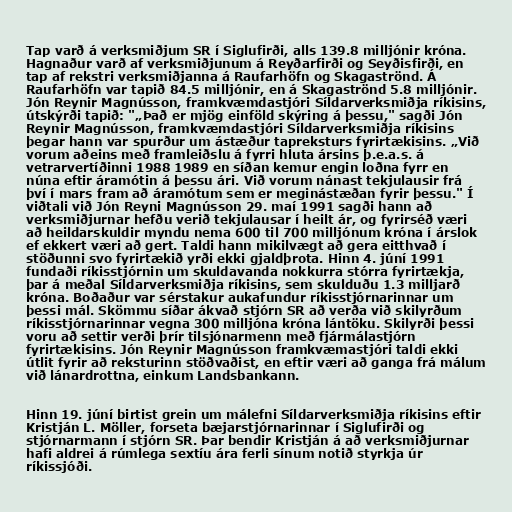
Tap varð á verksmiðjum SR í Siglufirði, alls 139.8 milljónir króna.
Hagnaður varð af verksmiðjunum á Reyðarfirði og Seyðisfirði, en
tap af rekstri verksmiðjanna á Raufarhöfn og Skagaströnd. Á
Raufarhöfn var tapið 84.5 milljónir, en á Skagaströnd 5.8 milljónir.
Jón Reynir Magnússon, framkvæmdastjóri Síldarverksmiðja ríkisins,
útskýrði tapið: "„Það er mjög einföld skýring á þessu," sagði Jón
Reynir Magnússon, framkvæmdastjóri Síldarverksmiðja ríkisins
þegar hann var spurður um ástæður tapreksturs fyrirtækisins. „Við
vorum aðeins með framleiðslu á fyrri hluta ársins þ.e.a.s. á
vetrarvertíðinni 1988 1989 en síðan kemur engin loðna fyrr en
núna eftir áramótin á þessu ári. Við vorum nánast tekjulausir frá
því í mars fram að áramótum sem er meginástæðan fyrir þessu." Í
viðtali við Jón Reyni Magnússon 29. maí 1991 sagði hann að
verksmiðjurnar hefðu verið tekjulausar í heilt ár, og fyrirséð væri
að heildarskuldir myndu nema 600 til 700 milljónum króna í árslok
ef ekkert væri að gert. Taldi hann mikilvægt að gera eitthvað í
stöðunni svo fyrirtækið yrði ekki gjaldþrota. Hinn 4. júní 1991
fundaði ríkisstjórnin um skuldavanda nokkurra stórra fyrirtækja,
þar á meðal Síldarverksmiðja ríkisins, sem skulduðu 1.3 milljarð
króna. Boðaður var sérstakur aukafundur ríkisstjórnarinnar um
þessi mál. Skömmu síðar ákvað stjórn SR að verða við skilyrðum
ríkisstjórnarinnar vegna 300 milljóna króna lántöku. Skilyrði þessi
voru að settir verði þrír tilsjónarmenn með fjármálastjórn
fyrirtækisins. Jón Reynir Magnússon framkvæmastjóri taldi ekki
útlit fyrir að reksturinn stöðvaðist, en eftir væri að ganga frá málum
við lánardrottna, einkum Landsbankann.

Hinn 19. júní birtist grein um málefni Síldarverksmiðja ríkisins eftir
Kristján L. Möller, forseta bæjarstjórnarinnar í Siglufirði og
stjórnarmann í stjórn SR. Þar bendir Kristján á að verksmiðjurnar
hafi aldrei á rúmlega sextíu ára ferli sínum notið styrkja úr
ríkissjóði.